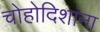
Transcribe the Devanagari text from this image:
चोहोदिशांना